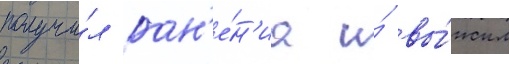
получи́л ран'е́н'иа и́ вы́жил